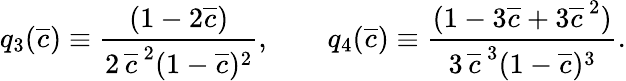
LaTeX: \begin{array}{ccc}{\displaystyle{q_{3}(\overline{{c}})\equiv\frac{(1-2\overline{{c}})}{2\, \overline{{c}}^{\, 2}(1-\overline{{c}})^{2}},\qquad q_{4}(\overline{{c}})\equiv\frac{(1-3\overline{{c}}+3\overline{{c}}^{\, 2})}{3\, \overline{{c}}^{\, 3}(1-\overline{{c}})^{3}}.}}\end{array}